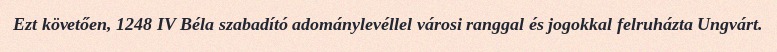
Ezt követően, 1248 IV Béla szabadító adománylevéllel városi ranggal és jogokkal felruházta Ungvárt.